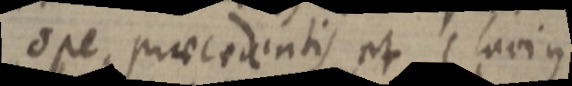
ope precedentis et Clavius